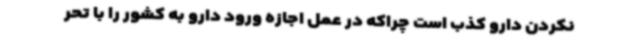
نکردن دارو کذب است چراکه در عمل اجازه ورود دارو به کشور را با تحر